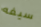
سيفه